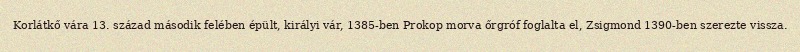
Korlátkő vára 13. század második felében épült, királyi vár, 1385-ben Prokop morva őrgróf foglalta el, Zsigmond 1390-ben szerezte vissza.